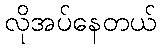
လိုအပ်နေတယ်